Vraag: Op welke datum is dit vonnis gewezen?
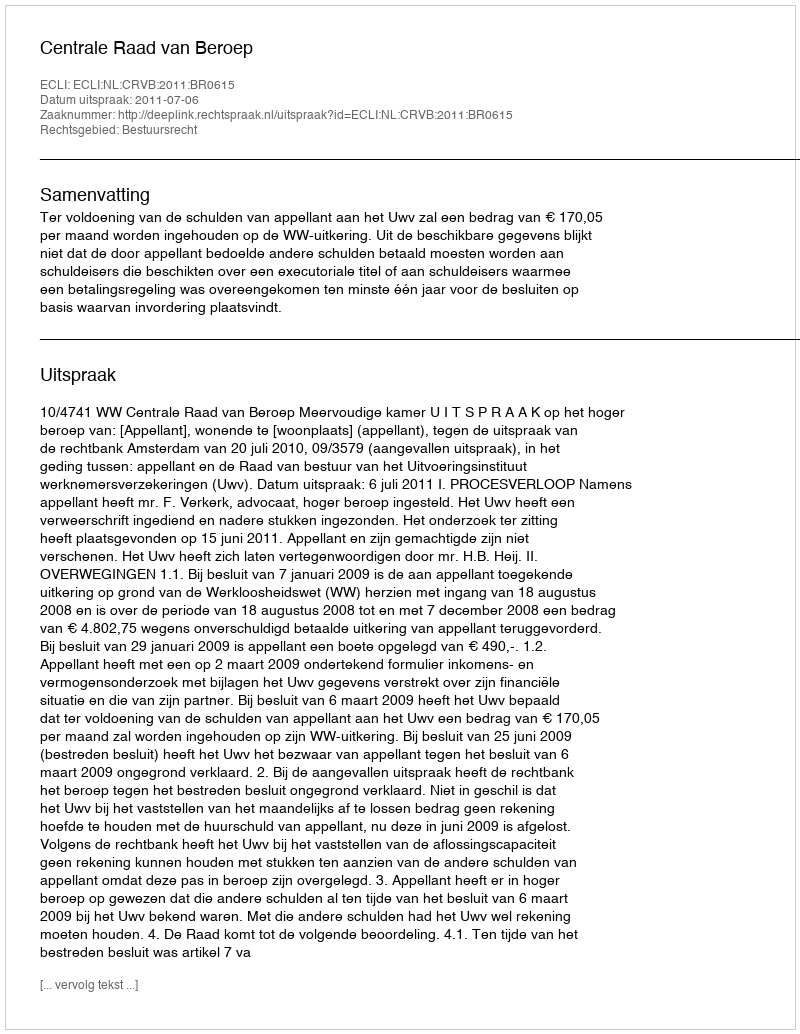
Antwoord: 2011-07-06